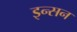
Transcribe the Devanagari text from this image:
इन्सन